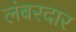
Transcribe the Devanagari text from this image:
लंबरदार